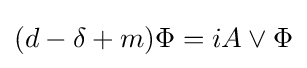
(d-\delta +m)\Phi =iA\vee \Phi